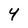
Character: 4